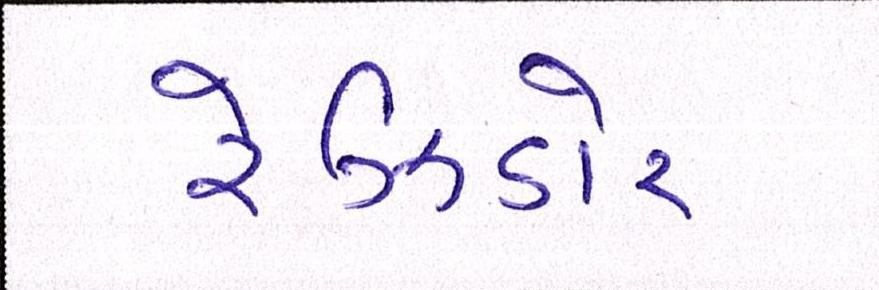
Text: રેઝિડોર